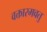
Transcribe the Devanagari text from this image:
वक्तारमवतु